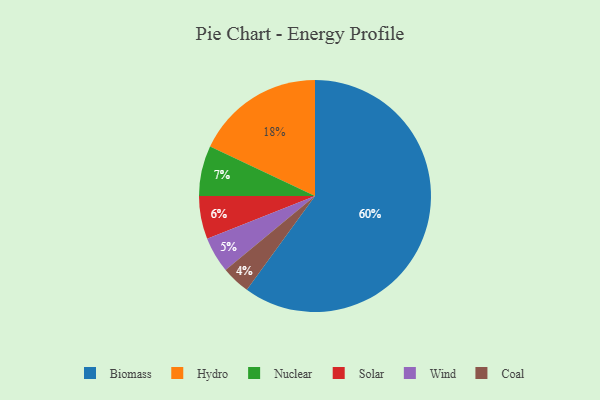
{"axis": {"x": "Category", "y": "Percentage"}, "legend": ["Biomass", "Coal", "Hydro", "Nuclear", "Solar", "Wind"], "data": [{"x": "Hydro", "y": 18, "type": "Hydro"}, {"x": "Wind", "y": 5, "type": "Wind"}, {"x": "Nuclear", "y": 7, "type": "Nuclear"}, {"x": "Biomass", "y": 60, "type": "Biomass"}, {"x": "Coal", "y": 4, "type": "Coal"}, {"x": "Solar", "y": 6, "type": "Solar"}]}